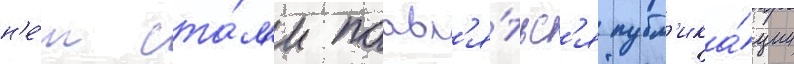
н'е́м ста́л'и поавл'я́тьс'я публ'ика́ции